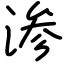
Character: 渗